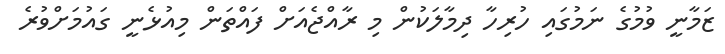
ޒަމާނީ ވުމުގެ ނަމުގައި ހުރިހާ ދިމާލަކުން މި ރާއްޖެއަށް ފައްތަން މިއުޅެނީ ގައުމަށްވުރެ